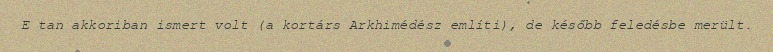
E tan akkoriban ismert volt (a kortárs Arkhimédész említi), de később feledésbe merült.